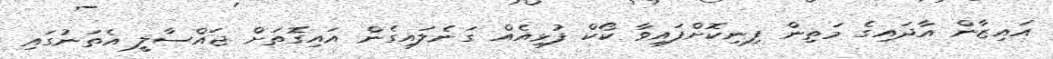
އައިޒާން އާދައިގެ މަތިން ފިނިކޮށްފައިވާ ކޯކް ފުޅިއެއް ގަނެލައިގެން އައިގޮތަށް ޖައްސާލީ އެތަނުގައި